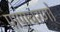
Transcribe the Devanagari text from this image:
पापाचरणों